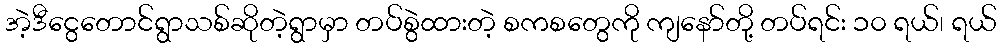
အဲ့ဒီငွေတောင်ရွာသစ်ဆိုတဲ့ရွာမှာ တပ်စွဲထားတဲ့ စကစတွေကို ကျနော်တို့ တပ်ရင်း ၁၀ ရယ်၊ ရယ်